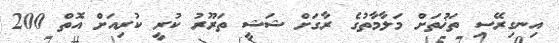
އިނގިރޭސި ތަޚުތަށް މަލާމާތުގެ ރާގަށް ޝަޝީ ތަރޫރު ކުރީ ކުރިއަށް އޮތް 200